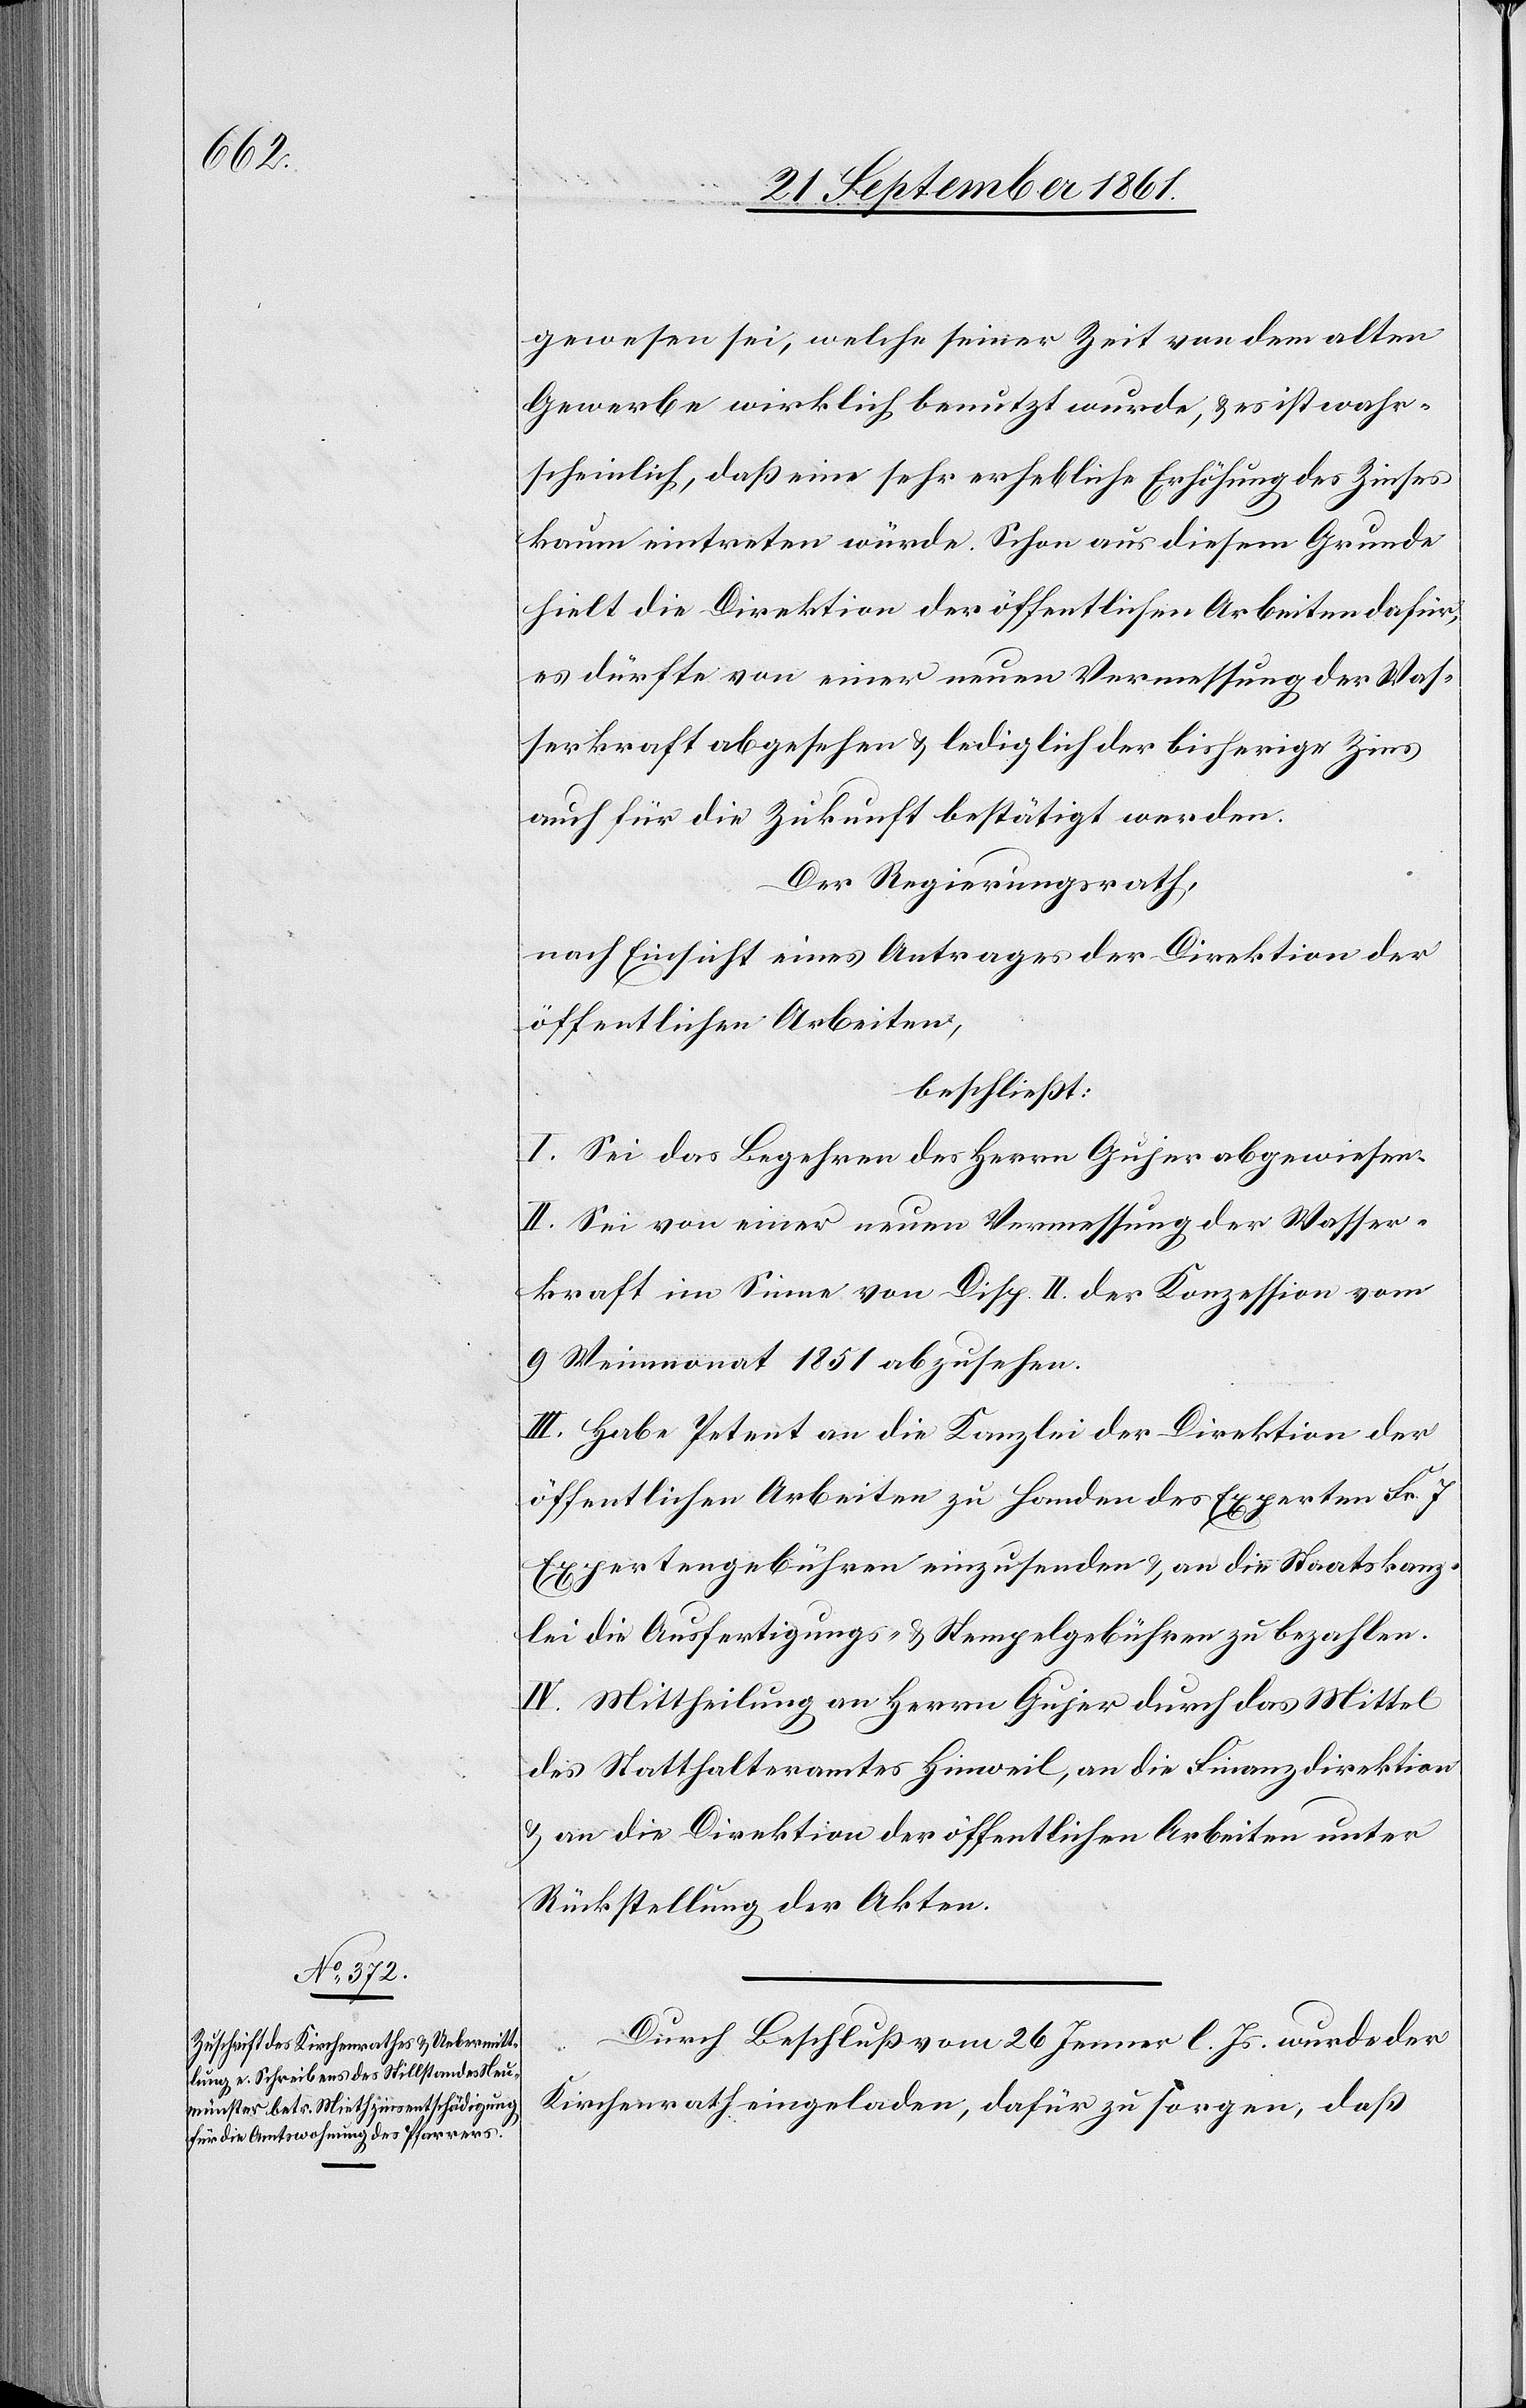
gewesen sei, welche seiner Zeit von dem alten
Gewerbe wirklich benutzt wurde, u. es ist wahr¬
scheinlich, daß eine sehr erhebliche Erhöhung des Zinses
kaum eintreten würde. Schon aus diesem Grunde
hielt die Direktion der öffentlichen Arbeiten dafür,
es dürfte von einer neuen Vermessung der Was¬
serkraft abgesehen u. lediglich der bisherige Zins
auch für die Zukunft bestätigt werden.
Der Regierungsrath,
nach Einsicht eines Antrages der Direktion der
öffentlichen Arbeiten,
beschließt:
I. Sei das Begehren des Herrn Gujer abgewiesen.
II. Sei von einer neuen Vermessung der Wasser¬
kraft im Sinne von Disp. II der Konzession vom
9 Weinmonat 1851 abzusehen.
III. Habe Petent an die Kanzlei der Direktion der
öffentlichen Arbeiten zu Handen des Experten Fr. 7
Expertengebühren einzusenden u. an die Staatskanz¬
lei die Ausfertigungs- u. Stempelgebühren zu bezahlen.
IV. Mittheilung an Herrn Gujer durch das Mittel
des Statthalteramtes Hinweil, an die Finanzdirektion
u. an die Direktion der öffentlichen Arbeiten unter
Rückstellung der Akten.
Durch Beschluß vom 26 Jenner l. J. wurde der
Kirchenrath eingeladen, dafür zu sorgen, daß